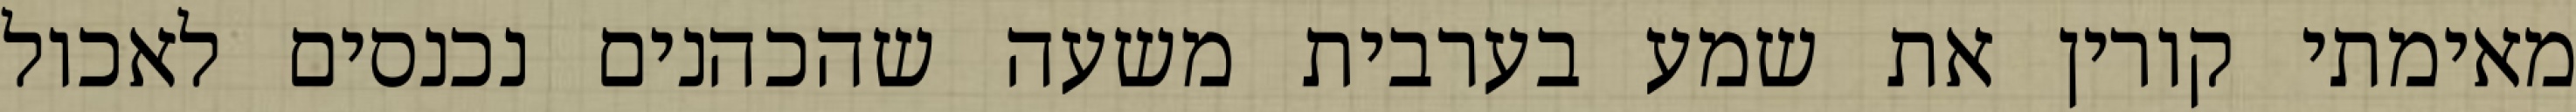
מאימתי קורין את שמע בערבית משעה שהכהנים נכנסים לאכול